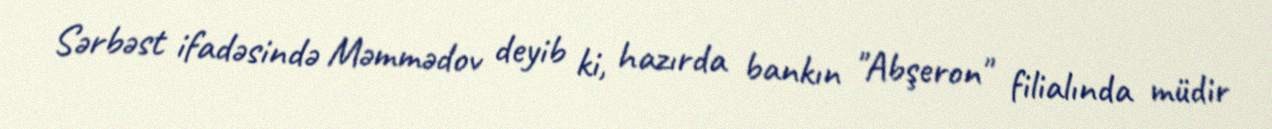
Sərbəst ifadəsində Məmmədov deyib ki, hazırda bankın "Abşeron" filialında müdir